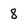
Character: 8